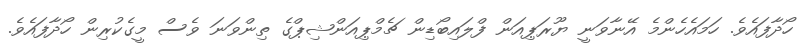
ހޯދާފައެވެ. ހަމައެހެންމެ އޭނާވަނީ ޔޫރަޕިއަން ފްލައިބޯޑިން ޗެމްޕިއަންޝިޕްގެ ތިންވަނަ ވެސް މީގެކުރިން ހޯދާފައެވެ.